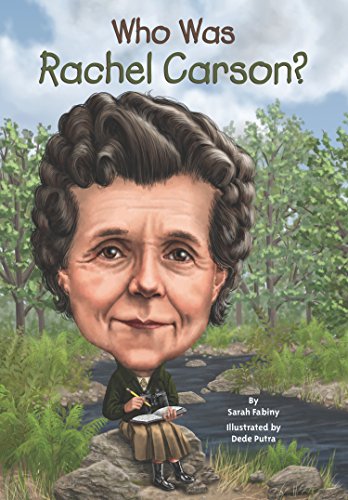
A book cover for Who Was Rachel Carson?; Sarah Fabiny; Children's Books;